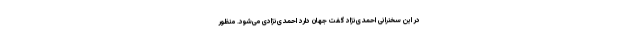
در این سخنرانی احمدی‌نژاد گفت جهان دارد احمدی‌نژادی می‌شود. منظور